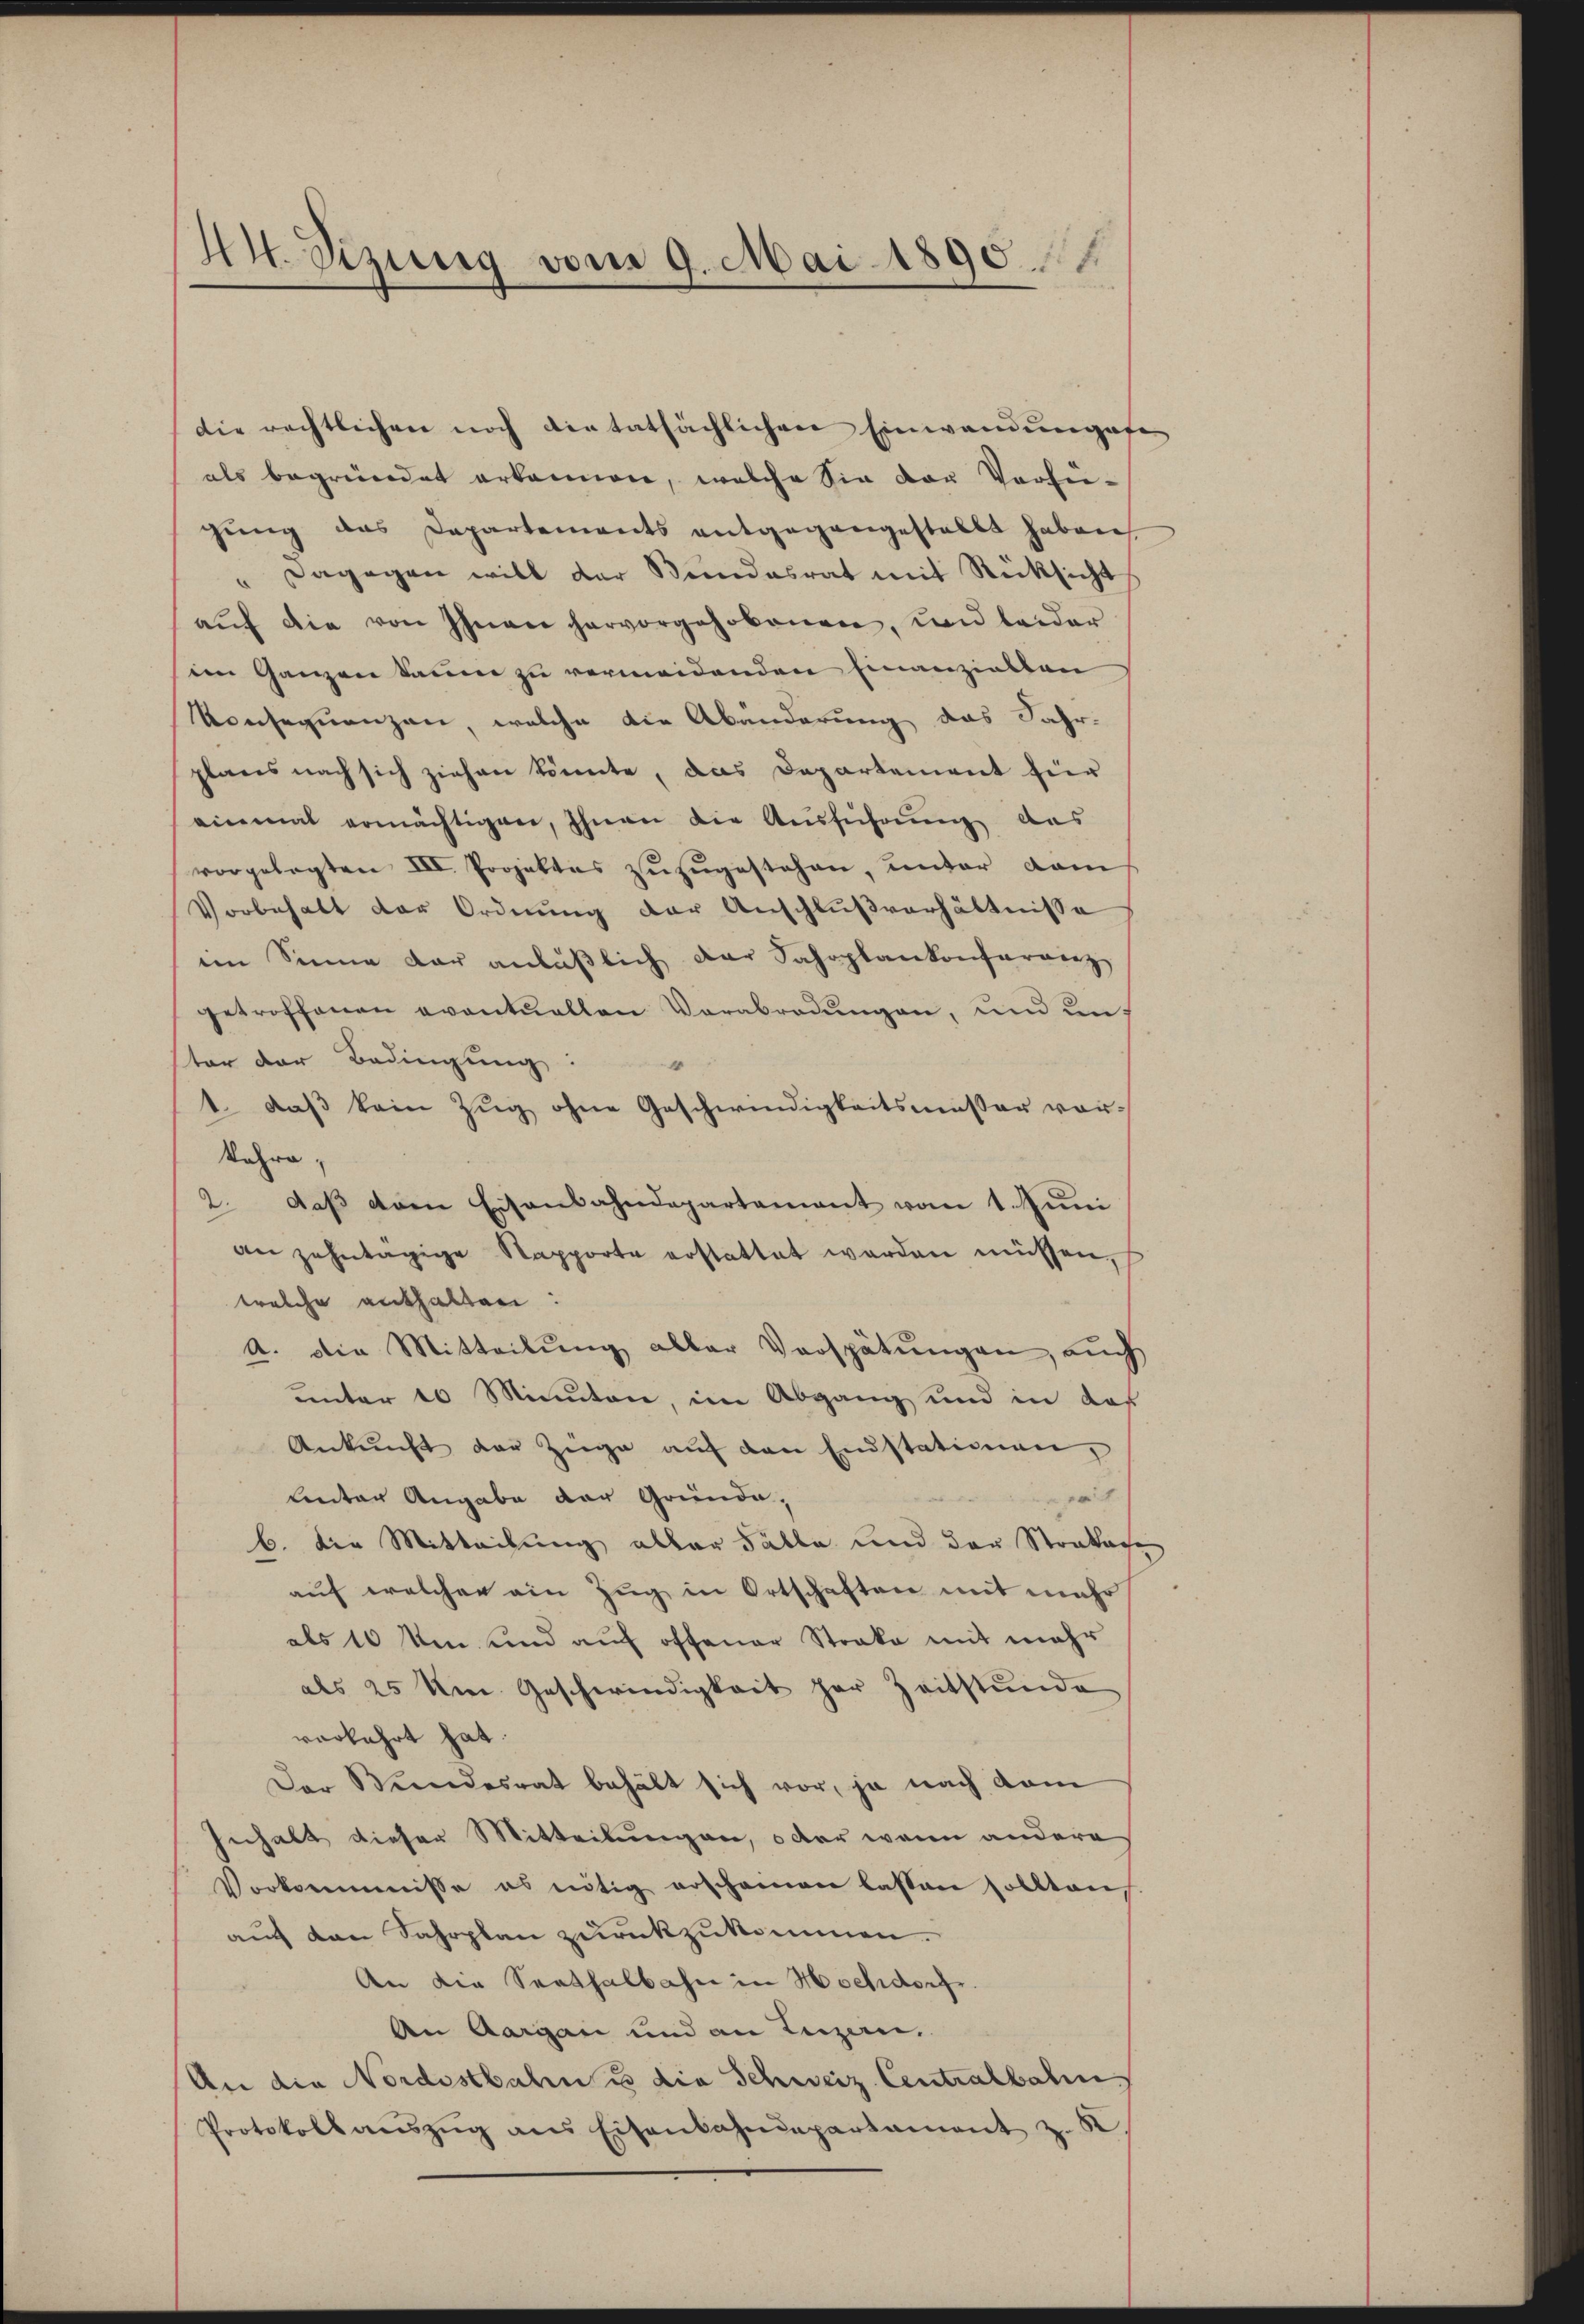
A. Sizung vom 9. Mai 1890.

Die rechtlichen noch dietatsächlichen Einwandungefe
als begründet erkannen, welche Sie der Verfie-
gŭng des Departements entgegangestellt haben
" Dagegen will der Bundesrat mit Rücksicht
aŭf die von Ihnen hervorgehobenen, und beider
im Ganzen kanne zu vermeidenden Einanzielten
Konsequenzen, welche die Abänderung das Jahr-
plans nach sich ziehen könnte, das Departement für
einmal ermächtigen, Ihnen die Ausführung das
vorgelegten III. Projektes zŭzŭgestehen, unter dam
Vorbehalt der Ordnŭng der Anschlŭβverhältnisse
im Sinne dar anläβlich der Fahrplankonferenz
getroffenen eventuellen Verabredungen, und unter der Bedingung:
1. daß kein Zug ohne Geschwindigkeitsmässer vorkahre,
2. daβ dem Eisenbahndepartement vom 1. Jŭni
an zehntägige Rapporte erstattet werden müssen,
welche enthalten:
A. die Mitteilung aller Verspätungen, auch
unter 10 Minuten, im Abgang und in das
Ankŭnft der Züge aŭf den Endstationen,
Lnter Angabe der Gründe,
b. die Mitteilung aller Fälle und der Stralage
auf welchen ein Zug in Ortschaften mit mehr
als 10 Min. und auf offener Strake mit mehr
als 25 Um Geschwindigkeit her Zeitstunde
verkehrt hat.
Der Stundesrat behält sich vor, ja nach dam
hnnhalt dieser Mitteilungen, oder wenn andere
Vorkommisse es nötig erscheinen lassen sollten
auf den Fahrplan zurückzukommen.
An die Senthalbahn in Hochdorf.
An Aargau und an Luzern,
An die Nordostbahn u die Schweiz Centralbahn
Protokoll aŭszŭg ans Eisenbahndepartament z. B